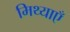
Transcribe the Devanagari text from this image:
मिथ्याएँ